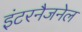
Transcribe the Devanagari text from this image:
इंटरनैजनेल